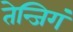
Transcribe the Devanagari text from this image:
तेन्जिगं